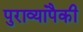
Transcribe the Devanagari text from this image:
पुराव्यांपैकी